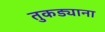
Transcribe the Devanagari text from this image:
तुकड्याना